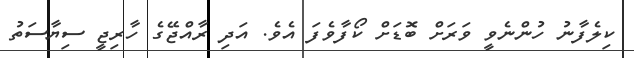
ކިލެފާނު ހުންނެވީ ވަރަށް ބޮޑަށް ކޯފާވެފަ އެވެ. އަދި ރާއްޖޭގެ ހާރިޖީ ސިޔާސަތު